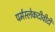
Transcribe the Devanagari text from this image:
पर्मस्लेकटीवीटी